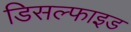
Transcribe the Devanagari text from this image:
डिसल्फाइड